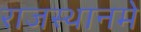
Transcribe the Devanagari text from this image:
राजस्थानमे